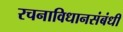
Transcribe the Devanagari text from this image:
रचनाविधानसंबंधी